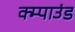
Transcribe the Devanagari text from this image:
क्म्पाउंड